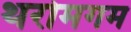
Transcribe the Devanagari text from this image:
थरोमगम